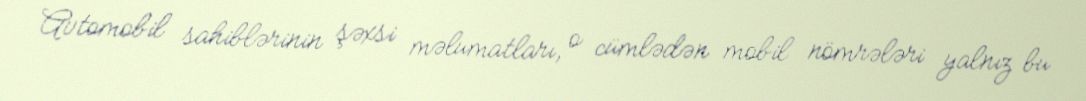
Avtomobil sahiblərinin şəxsi məlumatları, o cümlədən mobil nömrələri yalnız bu